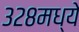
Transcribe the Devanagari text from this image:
३२८मध्ये